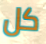
كل